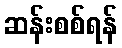
ဆန်းစစ်ရန်